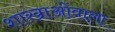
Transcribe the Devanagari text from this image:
शाखाओंवाला